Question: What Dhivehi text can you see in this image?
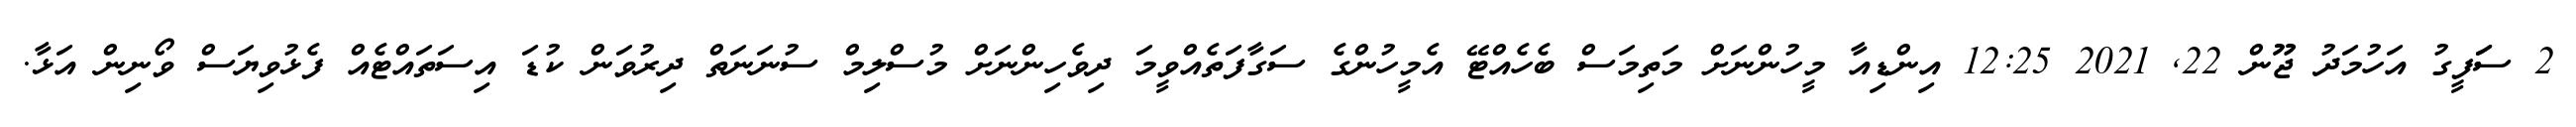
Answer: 2 ސަަފީގު އަހުމަދު ޖޫން 22, 2021 12:25 އިންޑިއާ މީހުންނަށް މަތިމަސް ބެހެއްޓޭ އެމީހުންގެ ސަގާފަތެއްވީމަ ދިވެހިންނަށް މުސްލިމް ސުނަނަތް ދިރުވަން ކުޑަ އިސަތައްޓެއް ފެޅުވިޔަސް ވޯނިން އަޅާ.